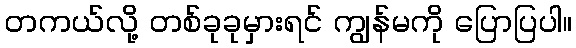
တကယ်လို့ တစ်ခုခုမှားရင် ကျွန်မကို ပြောပြပါ။